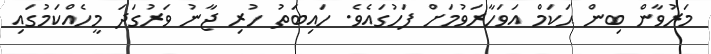
މަރުވާން ބިން ޙަކަމް އަވަހާރަވުމަށް ފަހުގައެވެ. ހައިބަތު ހުރި ޖާނު ވަރުގަދަ މީހެއްކަމުގައި